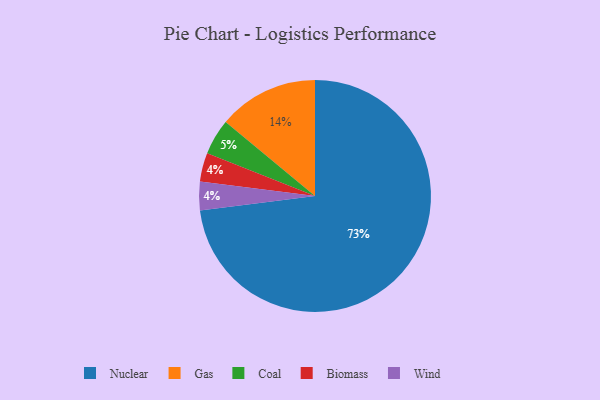
{"axis": {"x": "Category", "y": "Percentage"}, "legend": ["Biomass", "Coal", "Gas", "Nuclear", "Wind"], "data": [{"x": "Biomass", "y": 4, "type": "Biomass"}, {"x": "Nuclear", "y": 73, "type": "Nuclear"}, {"x": "Wind", "y": 4, "type": "Wind"}, {"x": "Coal", "y": 5, "type": "Coal"}, {"x": "Gas", "y": 14, "type": "Gas"}]}